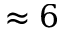
\approx 6